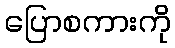
ပြောစကားကို